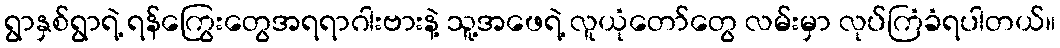
ရွာနှစ်ရွာရဲ့ ရန်ကြွေးတွေအရရာဂါးဗားနဲ့ သူ့အဖေရဲ့ လူယုံတော်တွေ လမ်းမှာ လုပ်ကြံခံရပါတယ်။